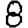
Digit: 8